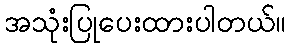
အသုံးပြုပေးထားပါတယ်။